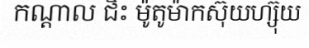
កណ្តាល ជិះ ម៉ូតូម៉ាកស៊ុយហ្ស៊ុយ